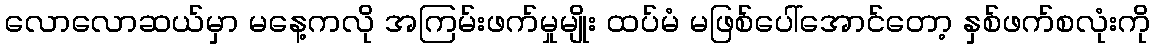
လောလောဆယ်မှာ မနေ့ကလို အကြမ်းဖက်မှုမျိုး ထပ်မံ မဖြစ်ပေါ်အောင်တော့ နှစ်ဖက်စလုံးကို